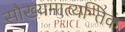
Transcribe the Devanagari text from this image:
सौख्यमात्यन्तिकं